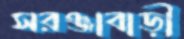
সরঞ্জাবাড়ী